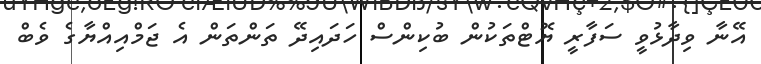
އޭނާ ވިދާޅުވީ ސަފާރީ ޔޮޓްތަކުން ބުކިންސް ހަދައިދޭ ތަންތަން އެ ޖަމްއިއްޔާގެ ވެބް